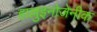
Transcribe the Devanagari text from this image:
हाल्लुइनोजेनीक